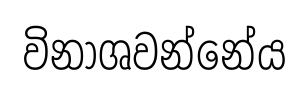
විනාශවන්නේය